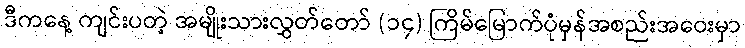
ဒီကနေ့ ကျင်းပတဲ့ အမျိုးသားလွှတ်တော် (၁၄) ကြိမ်မြောက်ပုံမှန်အစည်းအဝေးမှာ